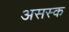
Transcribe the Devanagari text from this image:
असस्क